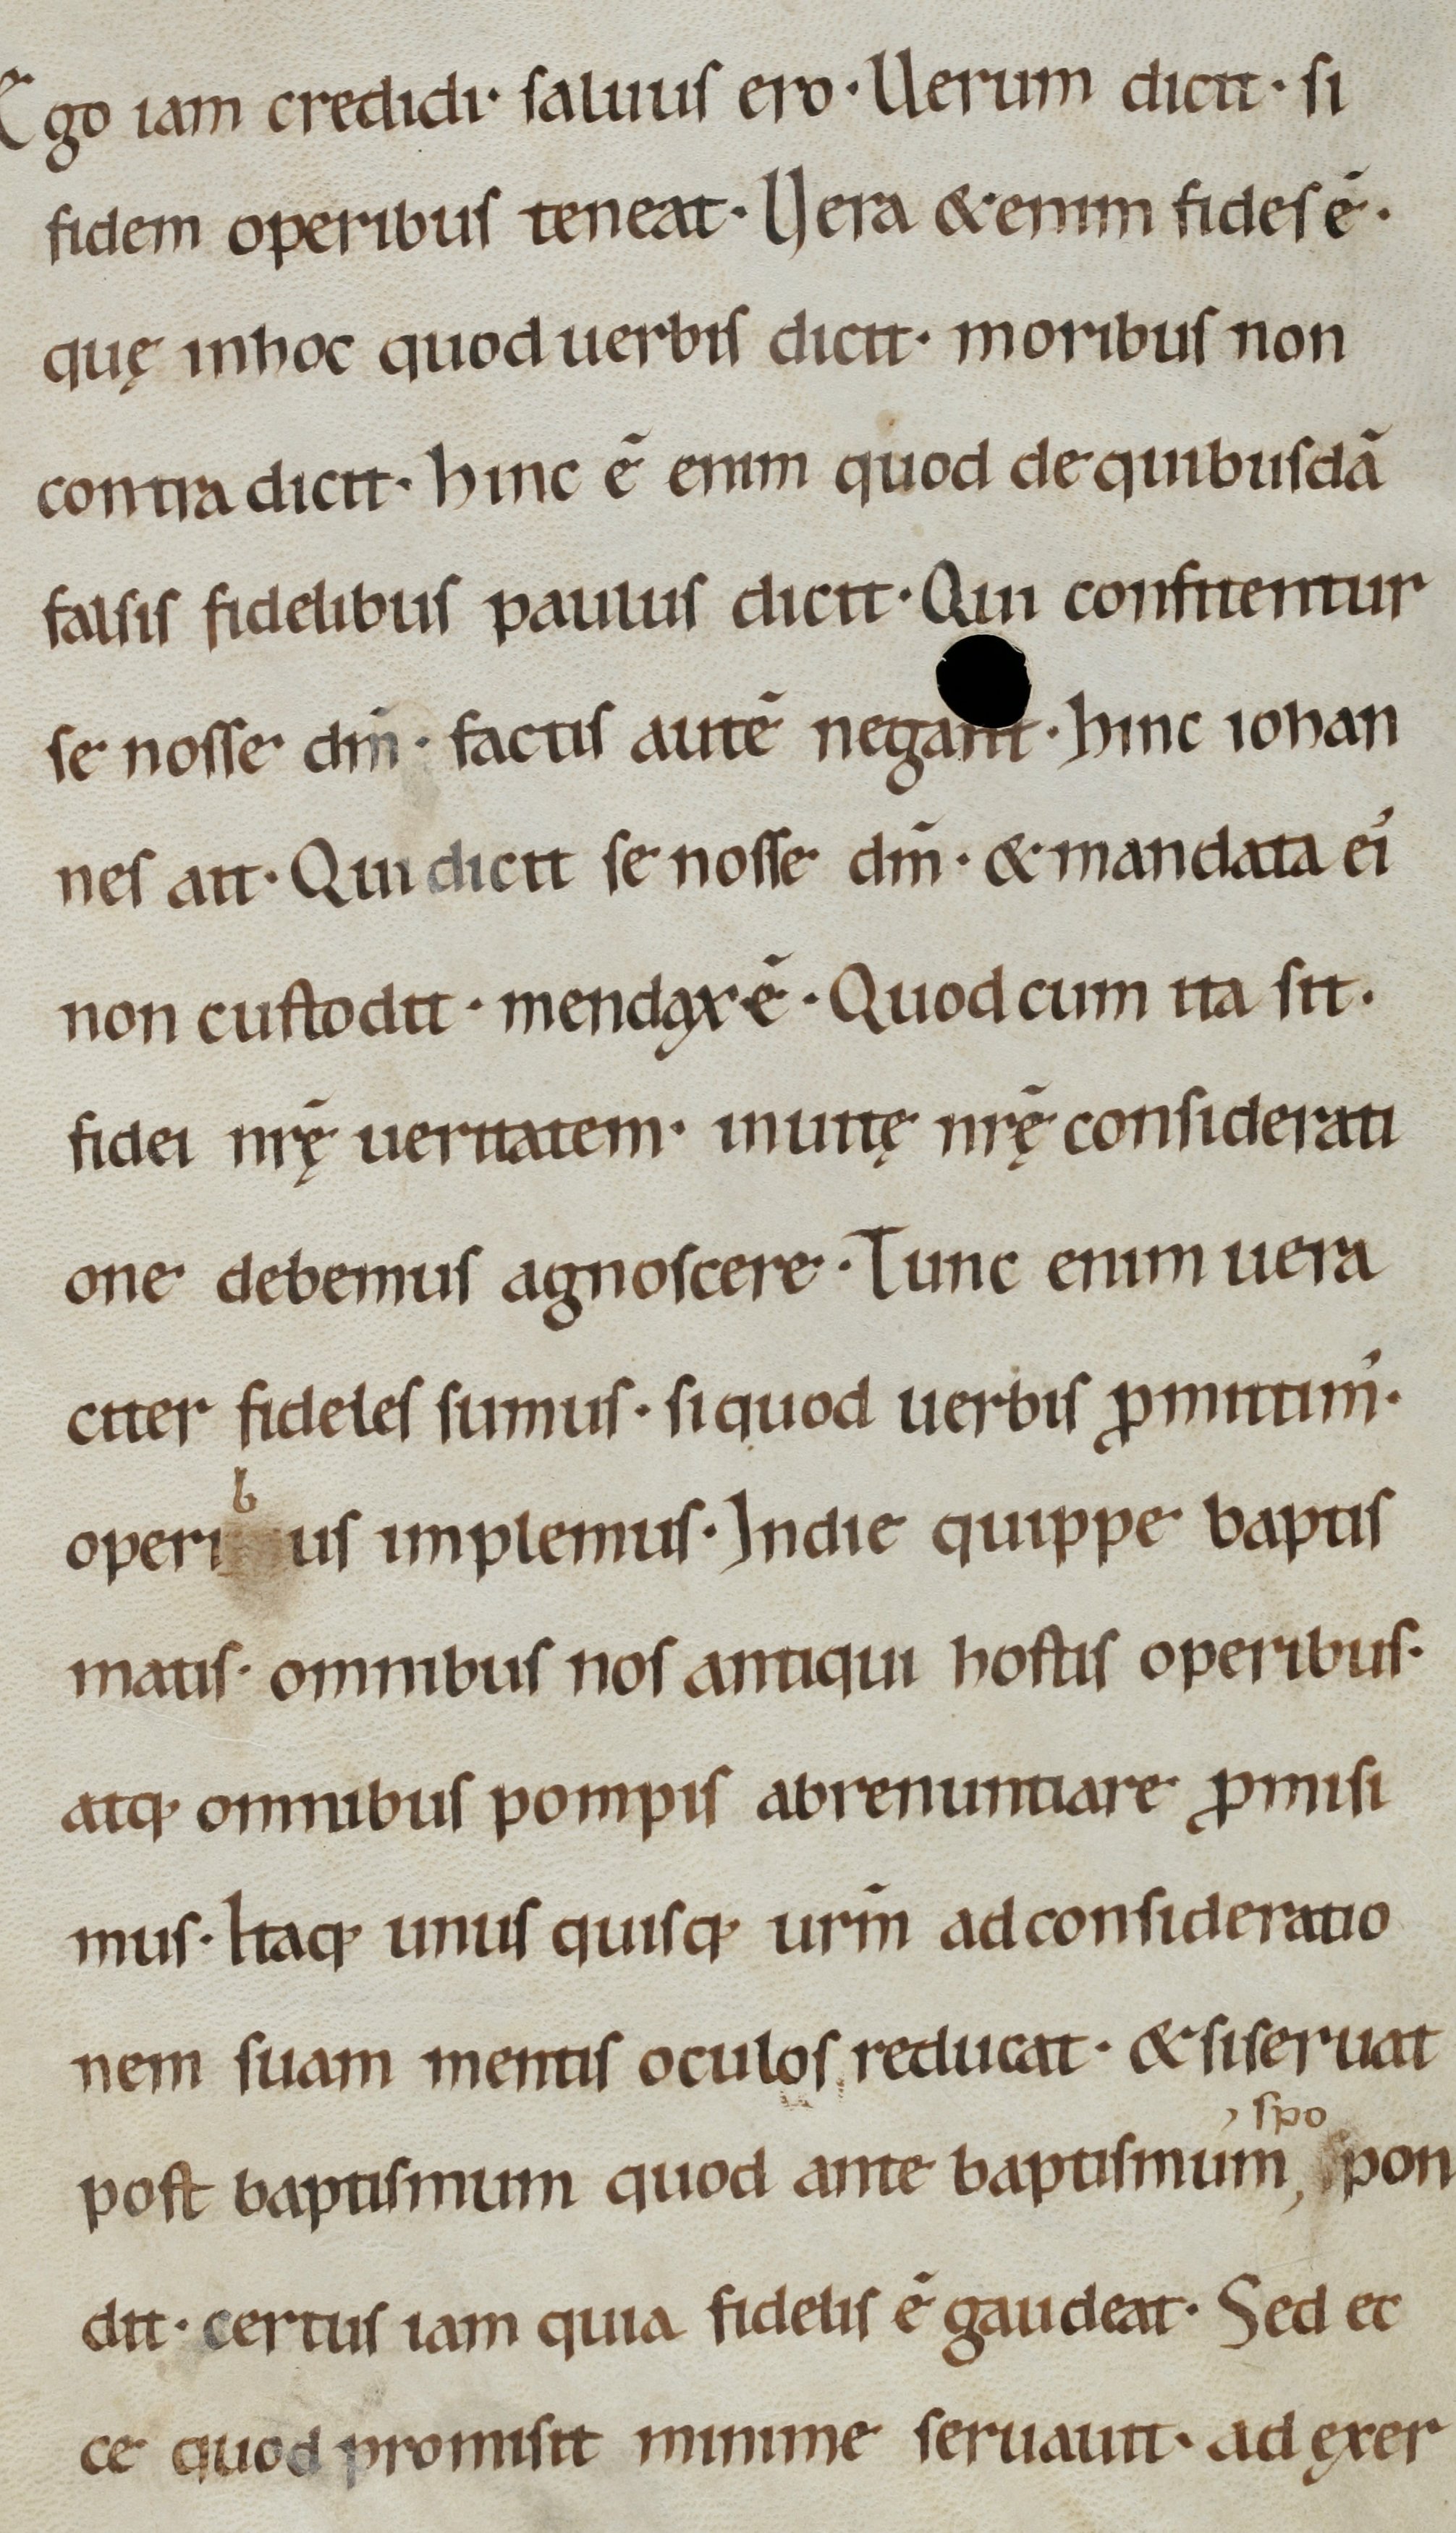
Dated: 1000–1099